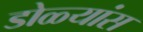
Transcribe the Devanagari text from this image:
डोळ्यांस